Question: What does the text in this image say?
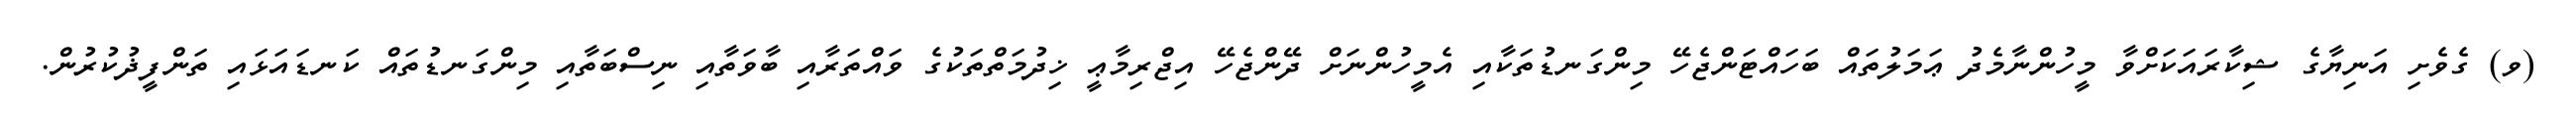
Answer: (ވ) ގެވެށި އަނިޔާގެ ޝިކާރައަކަށްވާ މީހުންނާމެދު ޢަމަލުތައް ބަހައްޓަންޖެހޭ މިންގަނޑުތަކާއި އެމީހުންނަށް ދޭންޖެހޭ އިޖްރިމާޢީ ޚިދުމަތްތަކުގެ ވައްތަރާއި ބާވަތާއި ނިސްބަތާއި މިންގަނޑުތައް ކަނޑައަޅައި ތަންފީޛުކުރުން.